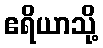
ဧရိယာသို့